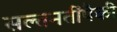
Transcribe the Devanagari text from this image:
सल्तनतींपैकी